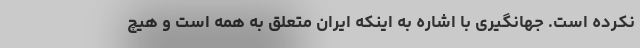
نکرده است. جهانگیری با اشاره به اینکه ایران متعلق به همه است و هیچ